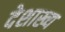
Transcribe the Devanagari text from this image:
देशाख्य